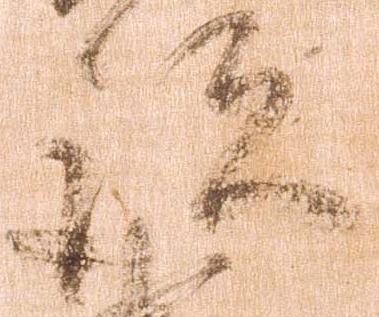
跡